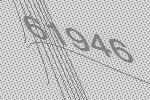
61946